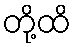
တို့ထိ